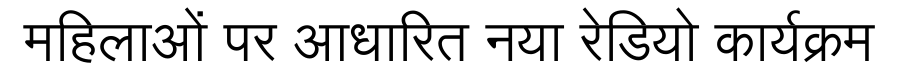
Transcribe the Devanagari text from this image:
महिलाओं पर आधारित नया रेडियो कार्यक्रम